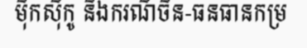
ម៉ិកស៊ីកូ និងករណីចិន-ធនធានកម្រ